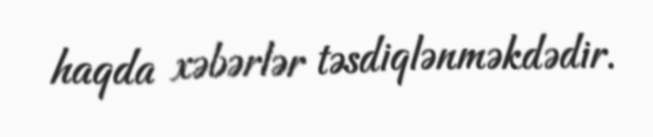
haqda xəbərlər təsdiqlənməkdədir.